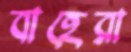
বাহেরা